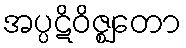
အပ္ပဋိဝိဇ္ဈတော